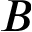
B